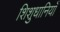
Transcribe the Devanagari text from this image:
शिशुधानियाँ